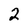
Character: 2